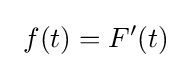
\ f(t)=F'(t)